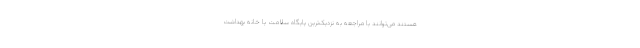
هستند می‌توانند با مراجعه به نزدیک‌ترین پایگاه سلامت یا خانه بهداشت